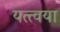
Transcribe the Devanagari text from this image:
यत्त्वया